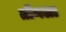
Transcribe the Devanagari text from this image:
तीनला